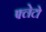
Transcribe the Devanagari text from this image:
फ्लेटो